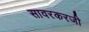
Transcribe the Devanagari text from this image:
सावरकरजी